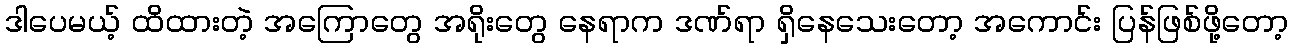
ဒါပေမယ့် ထိထားတဲ့ အကြောတွေ အရိုးတွေ နေရာက ဒဏ်ရာ ရှိနေသေးတော့ အကောင်း ပြန်ဖြစ်ဖို့တော့